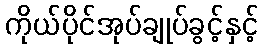
ကိုယ်ပိုင်အုပ်ချုပ်ခွင့်နှင့်